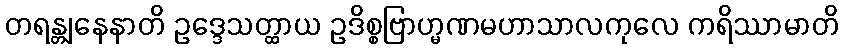
တရန္တျနေနာတိ ဥဒ္ဒေသတ္ထာယ ဥဒိစ္စဗြာဟ္မဏမဟာသာလကုလေ ကရိဿာမာတိ